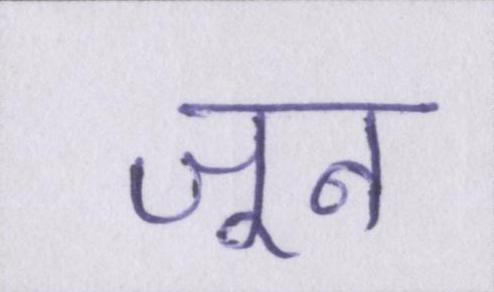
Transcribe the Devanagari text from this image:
जून